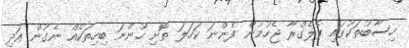
ހިސާބުތަކުގައި ޕެލެގްރާ ޖެހުމުން ފެންނަ ކަހަލަ ތޮށި ހުންނަ ބިހިތަކެއް ނެގުން އަދި